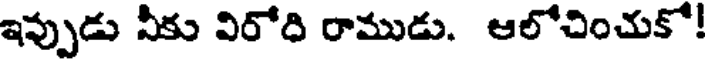
ఇప్పుడు నీకు విరోధి రాముడు. ఆలోచించుకో!